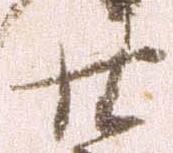
廿